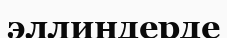
эллиндерде